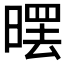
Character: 𣉳